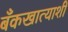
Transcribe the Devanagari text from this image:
बँकखात्याशी